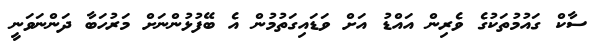
ސާކް ގައުމުތަކުގެ ވެރިން އައްޑު އަށް ވަޑައިގަތުމުން އެ ބޭފުޅުންނަށް މަރުހަބާ ދަންނަވަނީ